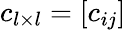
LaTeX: c_{l\times l}=[c_{ij}]